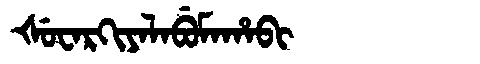
Manchu: ᡧᡠᠸᠠᡵᡴᡳᠶᠠᠯᠠᠪᡠᠮᠠᡥᠠᠪᡳ
Romanization: ŠUWARKIYALABUMAHABI